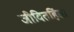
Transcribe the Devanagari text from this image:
जीवितहिंसा